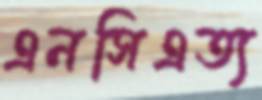
এনসিএত্য